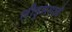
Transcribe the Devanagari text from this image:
लीड्समध्ये